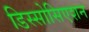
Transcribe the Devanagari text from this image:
डिस्सोसिएशन